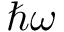
\hbar \omega